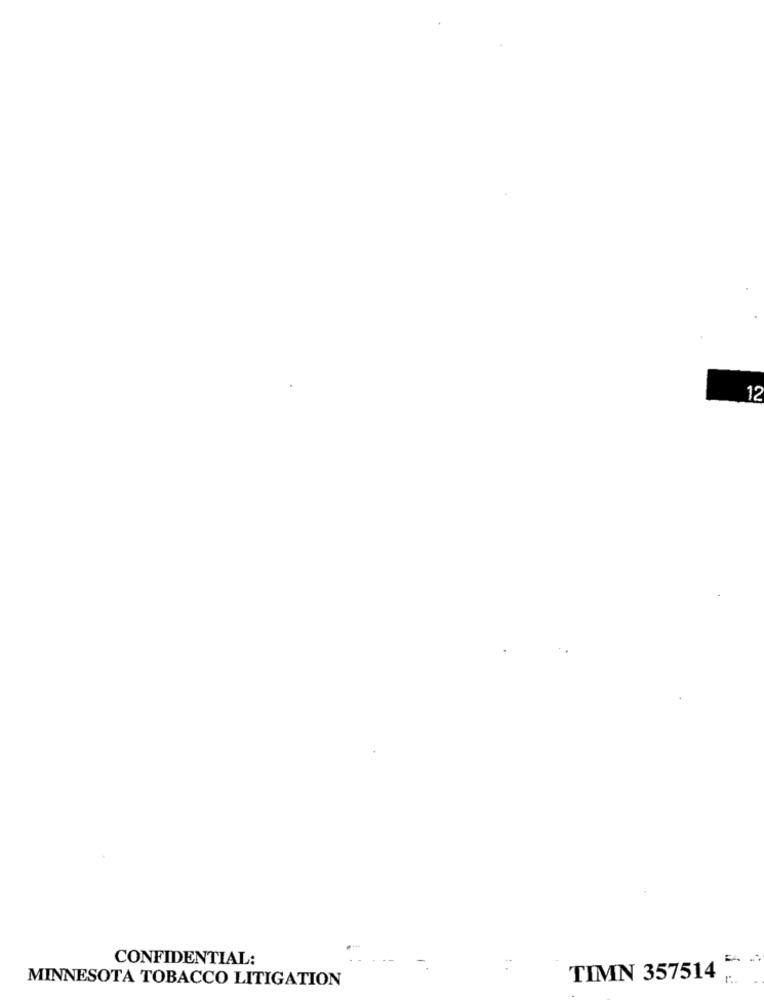
12
CONFIDENTIAL:
TIMN 357514
MINNESOTA TOBACCO LITIGATION